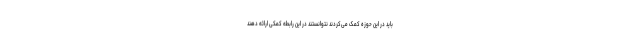
باید در این حوزه کمک می‌کردند نتوانستند در این رابطه کمکی ارائه دهند